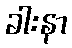
ခါးနာ